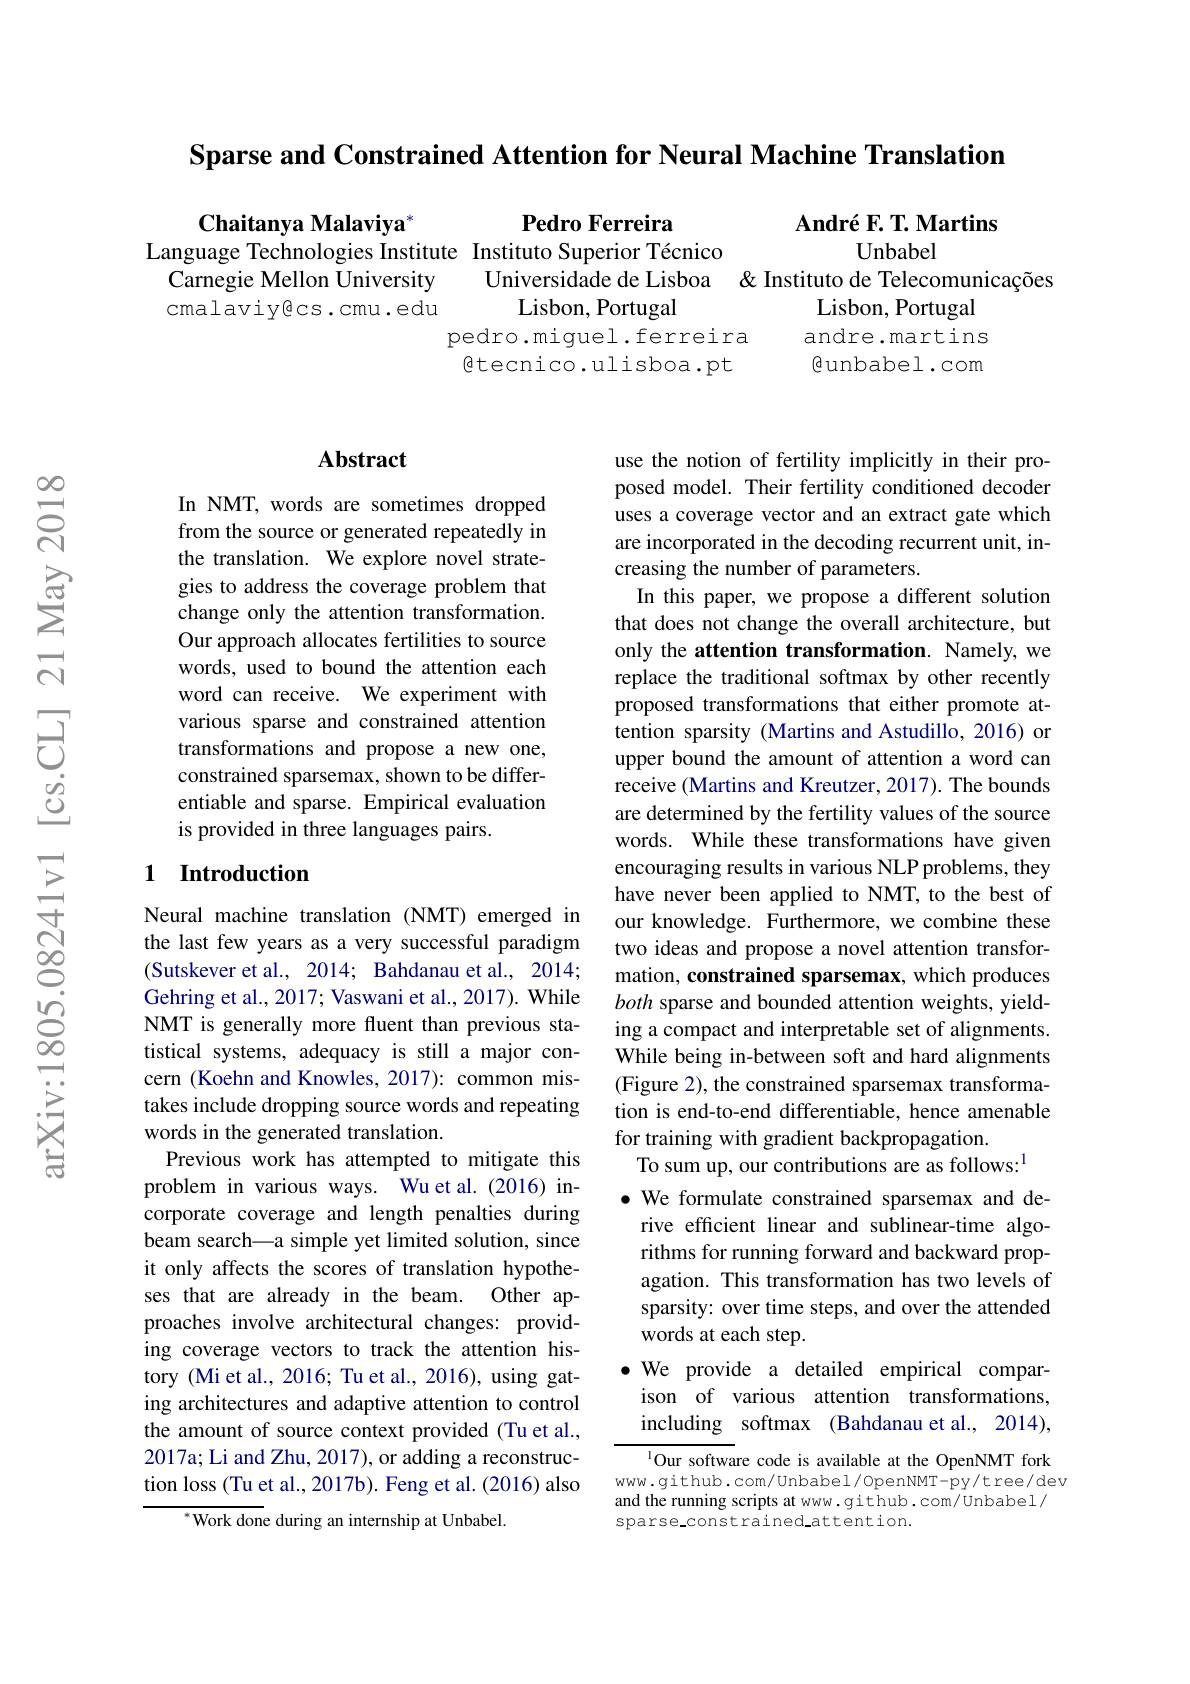
Sparse and Constrained Attention for Neural Machine Translation

Pedro Ferreira
Chaitanya Malaviya"
Language Technologies Institute Instituto Superior Técnico
Carnegie Mellon University
Universidade de Lisboa & Instituto de Telecomunicações
Lisbon, Portugal
cmalaviyêcs.cmu.edu
pedro.miguel.ferreira gtecnico.ulisboa.pt

André F. T. Martins
Unbabel
Lisbon, Portugal andre.martins $\textcircled{\mathrm{eunbabel.com}}$

## Abstract

In NMT, words are sometimes dropped from the source or generated repeatedly in the translation. We explore novel strategies to address the coverage problem that change only the attention transformation. Our approach allocates fertilities to source words, used to bound the attention each word can receive. We experiment with various sparse and constrained attention transformations and propose a new one, constrained sparsemax, shown to be differentiable and sparse. Empirical evaluation is provided in three languages pairs.

## 1 Introduction

Neural machine translation (NMT) emerged in the last few years as a very successful paradigm (Sutskever et al., 2014; Bahdanau et al., 2014; Gehring et al., 2017; Vaswani et al., 2017). While NMT is generally more fluent than previous statistical systems, adequacy is still a major concern (Koehn and Knowles, 2017): common mistakes include dropping source words and repeating words in the generated translation.
Previous work has attempted to mitigate this problem in various ways. Wuet al.(2016) incorporate coverage and length penalties during beam search—a simple yet limited solution, since it only affects the scores of translation hypotheses that are already in the beam. Other approaches involve architectural changes: providing coverage vectors to track the attention history (Mi et al., 2016; Tu et al., 2016), using gating architectures and adaptive attention to control the amount of source context provided (Tu et al., 2017a; Li and Zhu, 2017), or adding a reconstruction loss (Tu et al., 2017b). Feng et al. (2016) also
Work done during an internship at Unbabel.

use the notion of fertility implicitly in their proposed model. Their fertility conditioned decoder uses a coverage vector and an extract gate which are incorporated in the decoding recurrent unit, increasing the number of parameters.
In this paper, we propose a different solution that does not change the overall architecture, but only the attention transformation. Namely, we replace the traditional softmax by other recently proposed transformations that either promote attention sparsity (Martins and Astudillo, 2016) or upper bound the amount of attention a word can receive (Martins and Kreutzer, 2017). The bounds are determined by the fertility values of the source words. While these transformations have given encouraging results in various NLP problems, they have never been applied to NMT, to the best of our knowledge. Furthermore, we combine these two ideas and propose a novel attention transformation, constrained sparsemax, which produces both sparse and bounded attention weights, yielding a compact and interpretable set of alignments. While being in-between soft and hard alignments (Figure 2), the constrained sparsemax transformation is end-to-end differentiable, hence amenable for training with gradient backpropagation.
To sum up, our contributions are as follows:$^{1}$
· We formulate constrained sparsemax and derive efficient linear and sublinear-time algorithms for running forward and backward propagation. This transformation has two levels of sparsity: over time steps, and over the attended $\dot{\mathrm{words~at~each~step.}}$
$\bullet$ We provide a detailed empirical comparison of various attention transformations, including softmax (Bahdanau et al., 2014), $^{1}$Our software code is available at the OpenNMT fork

www.github.com/Unbabel/0penNMT-py/tree/dev and the running scripts at www.github.com/Unbabel/ sparse constrained attention.